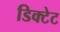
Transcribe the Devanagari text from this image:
डिक्टेट